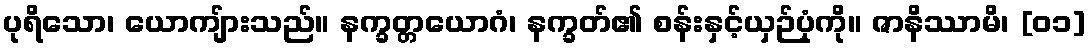
ပုရိသော၊ ယောကျ်ားသည်။ နက္ခတ္တယောဂံ၊ နက္ခတ်၏ စန်းနှင့်ယှဉ်ပုံကို။ ဇာနိဿာမိ၊ [၀၁]